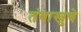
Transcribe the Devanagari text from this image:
तंबाखुचे